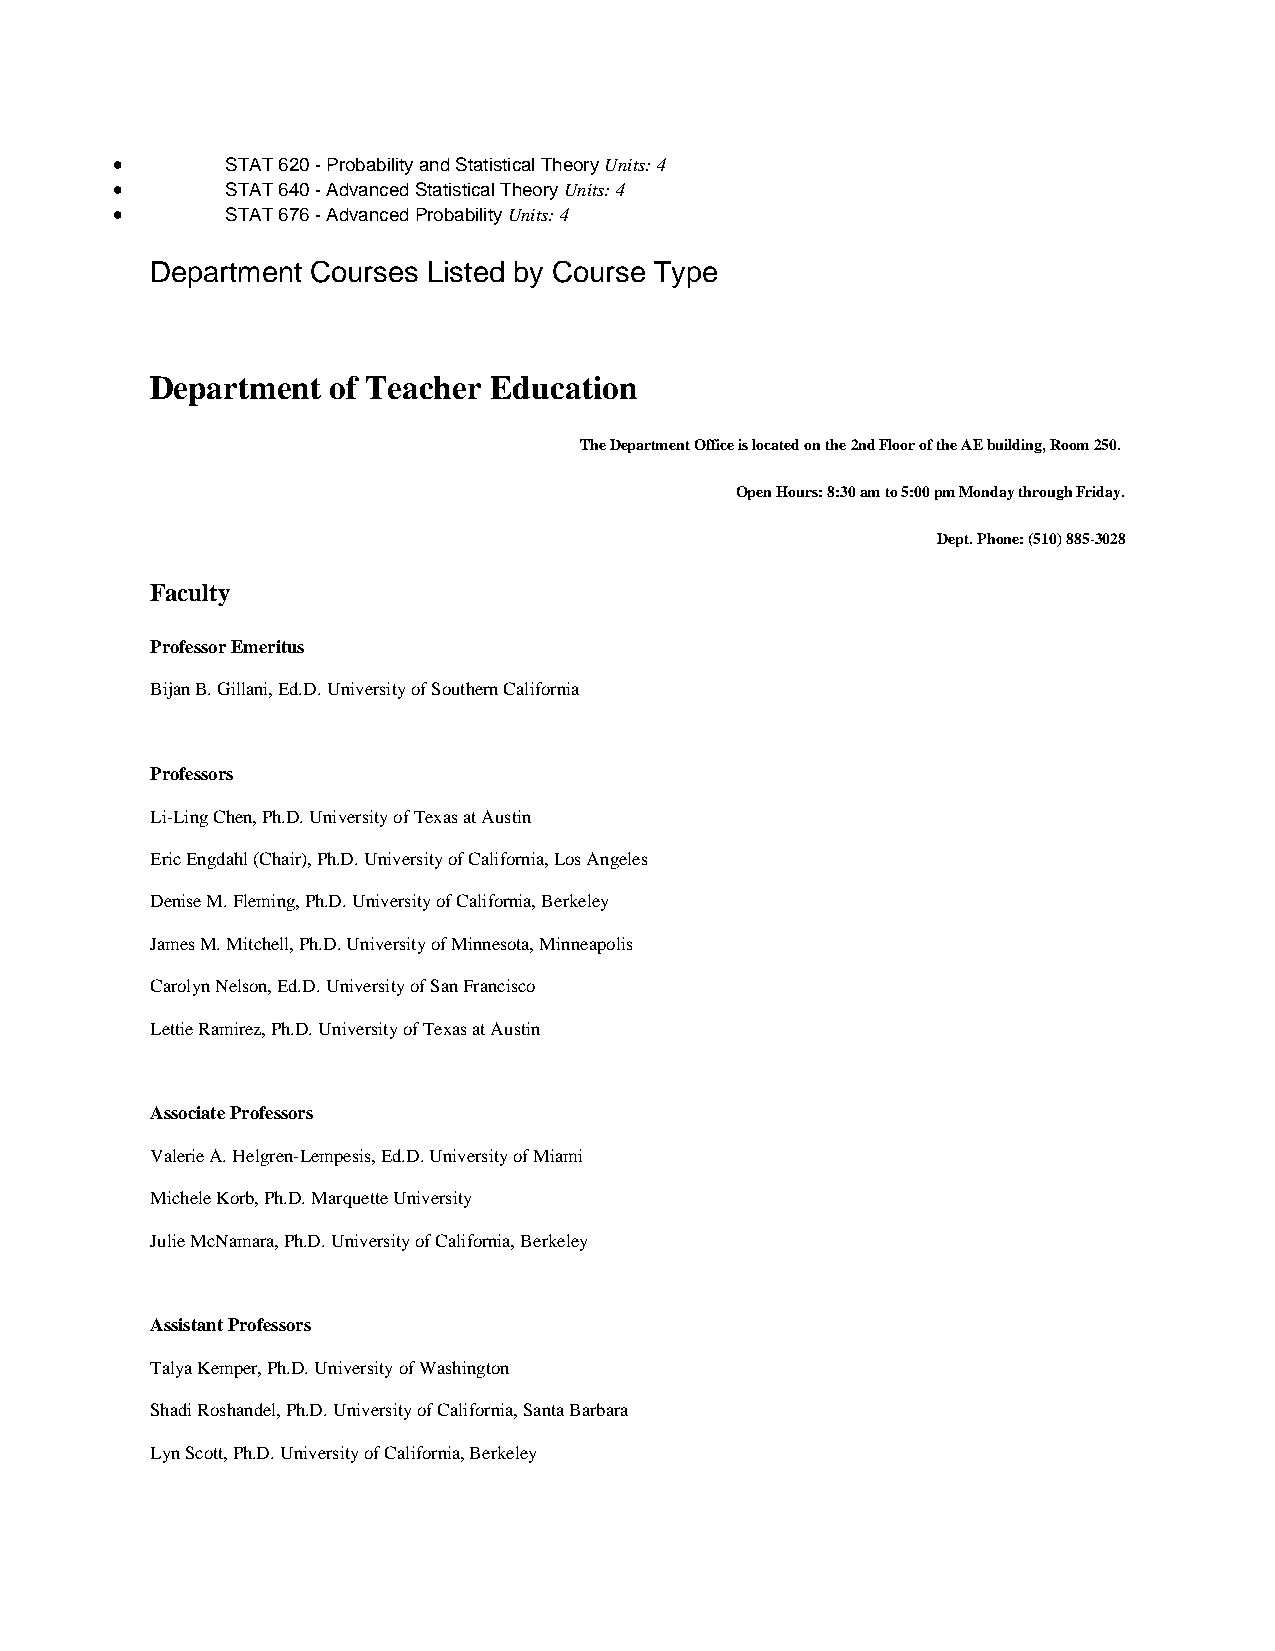
•       STAT 620 - Probability and Statistical Theory Units: 4
 •       STAT 640 - Advanced Statistical Theory Units: 4
 •       STAT 676 - Advanced Probability Units: 4
 Department Courses Listed by Course Type
 Department  of Teacher Education
 The Department Office is located on the 2nd Floor of the AE building, Room 250.
 Open Hours: 8:30 am to 5:00 pm Monday through Friday.
 Dept. Phone: (510) 885-3028
 Faculty
 Professor Emeritus
 Bijan B. Gillani, Ed.D. University of Southern California
 Professors
 Li-Ling Chen, Ph.D. University of Texas at Austin
 Eric Engdahl (Chair), Ph.D. University of California, Los Angeles
 Denise M. Fleming, Ph.D. University of California, Berkeley
 James M. Mitchell, Ph.D. University of Minnesota, Minneapolis
 Carolyn Nelson, Ed.D. University of San Francisco
 Lettie Ramirez, Ph.D. University of Texas at Austin
 Associate Professors
 Valerie A. Helgren-Lempesis, Ed.D. University of Miami
 Michele Korb, Ph.D. Marquette University
 Julie McNamara, Ph.D. University of California, Berkeley
 Assistant Professors
 Talya Kemper, Ph.D. University of Washington
 Shadi Roshandel, Ph.D. University of California, Santa Barbara
 Lyn Scott, Ph.D. University of California, Berkeley